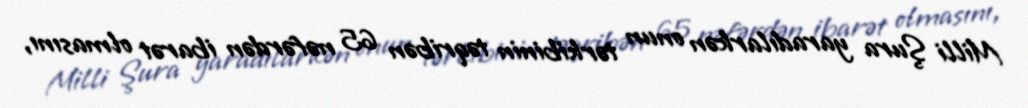
Milli Şura yaradılarkən onun tərkibinin təqribən 65 nəfərdən ibarət olmasını,